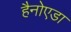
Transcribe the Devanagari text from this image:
हैनोएडा